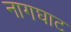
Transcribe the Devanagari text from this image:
नागघाट